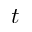
t